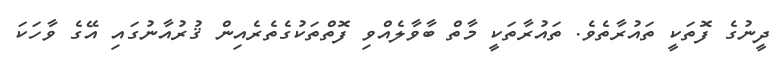
ދީނުގެ ފޮތަކީ ތައުރާތެވެ. ތައުރާތަކީ މާތް ބާވާލެއްވި ފޮތްތަކުގެތެރެއިން ޤުރުއާނުގައި އޭގެ ވާހަކަ